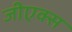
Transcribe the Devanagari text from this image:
जीएक्स